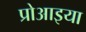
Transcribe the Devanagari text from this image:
प्रोआइया